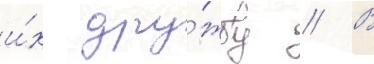
и́х дру́жбу // В